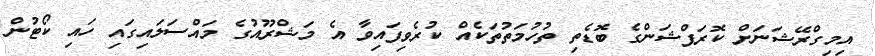
އިމިގްރޭޝަނަށް ކޮރަޕްޝަންގެ ބޮޑެތި ތުހުމަތުތަކެއް ކުރެވިފައިވާ އެ މަޝްރޫއުގެ މައްސަލައިގައި ހައި ކޯޓުން